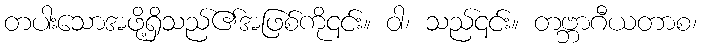
တပါးသောအဖို့ရှိသည်၏အဖြစ်ကို၎င်း။ ဝါ၊ သည်၎င်း။ တဗ္ဘာဂီယတာစ၊